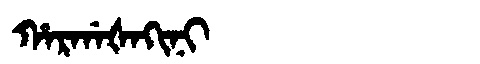
Manchu: ᡥᠠᡵᡤᠠᡧᠠᡴᡳᠨᡳ
Romanization: HARGAŠAKINI